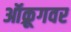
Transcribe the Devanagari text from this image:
ऑक्रूगवर